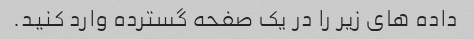
داده های زیر را در یک صفحه گسترده وارد کنید.